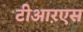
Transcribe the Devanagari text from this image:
टीआऱएस